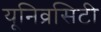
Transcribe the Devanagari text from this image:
यूनिव्रसिटी